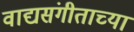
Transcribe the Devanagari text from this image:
वाद्यसंगीताच्या